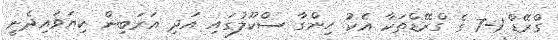
ގްރޭޑް 1-7 ގެ ގްރޭޑްތަކާ އެކު ހިންގާ ސްކޫލުގައި އަދި އަރަބިން ކިޔަވައިދެނީ